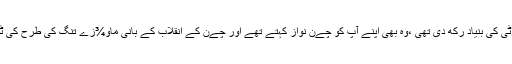
بھٹو نے پیپلزپارٹی کی بنیاد رکھ دی تھی ،وہ بھی اپنے آپ کو چےن نواز کہتے تھے اور چےن کے انقلاب کے بانی ماو¾زے تنگ کی طرح کی ٹوپی پہنتے تھے۔